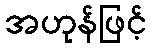
အဟုန်ဖြင့်